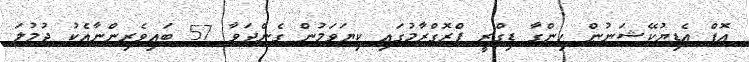
އޮފް އެޑިޔުކޭޝަނުން ހިންގާ ޑިގްރީ ޕްރޮގްރާމުގައި ކިޔަވަމުން ގެންދަވާ 57 ބައިވެރިންނާއެކު ޖުމުލަ